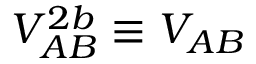
V _ { A B } ^ { 2 b } \equiv V _ { A B }